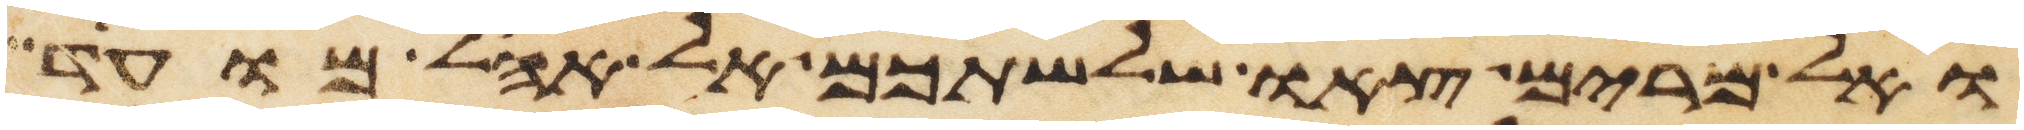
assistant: ואל מרים צאו שלשתכם אל אהל מועד